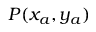
P ( x _ { a } , y _ { a } )